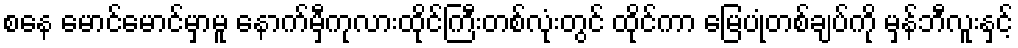
စနေ မောင်မောင်မှာမူ နောက်မှီကုလားထိုင်ကြီးတစ်လုံးတွင် ထိုင်ကာ မြေပုံတစ်ချပ်ကို မှန်ဘီလူးနှင့်